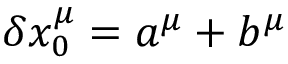
\delta x _ { 0 } ^ { \mu } = a ^ { \mu } + b ^ { \mu }